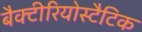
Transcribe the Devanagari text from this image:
बैक्टीरियोस्टैटिक